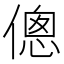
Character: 傯